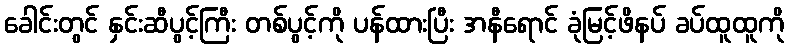
ခေါင်းတွင် နှင်းဆီပွင့်ကြီး တစ်ပွင့်ကို ပန်ထားပြီး အနီရောင် ခုံမြင့်ဖိနပ် ခပ်ထူထူကို